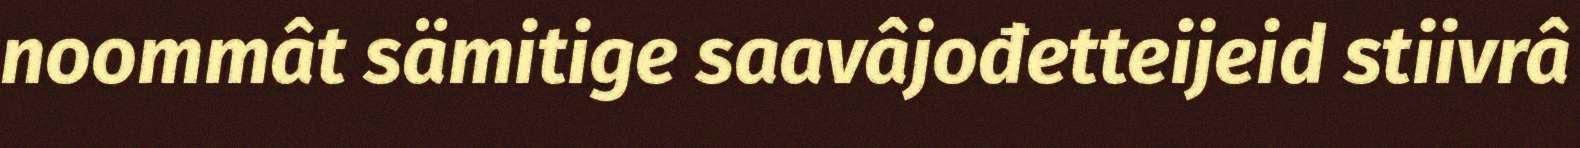
noommât sämitige saavâjođetteijeid stiivrâ